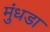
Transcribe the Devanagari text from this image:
मुंधडा